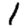
Digit: 1